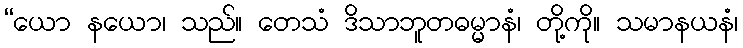
“ယော နယော၊ သည်။ တေသံ ဒိသာဘူတဓမ္မာနံ၊ တို့ကို။ သမာနယနံ၊